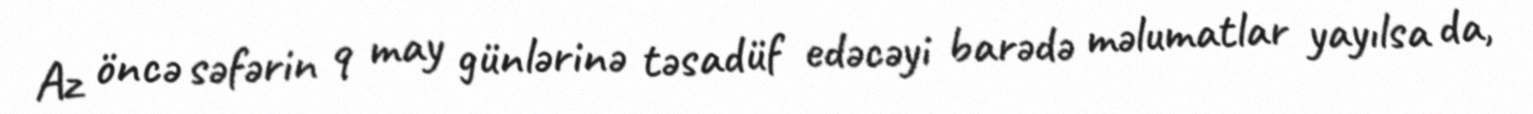
Az öncə səfərin 9 may günlərinə təsadüf edəcəyi barədə məlumatlar yayılsa da,